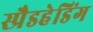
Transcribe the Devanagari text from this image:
स्प्रैडहेडिंग